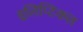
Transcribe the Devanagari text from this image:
इलिप्टिकल